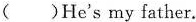
( )He's my father.